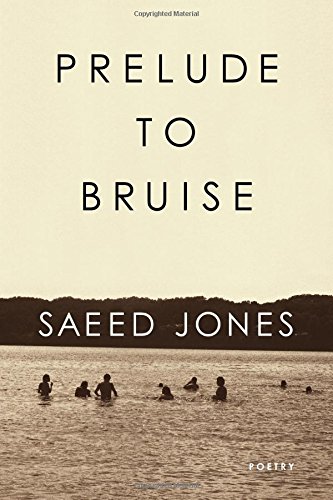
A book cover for Prelude to Bruise; Saeed Jones; Literature & Fiction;